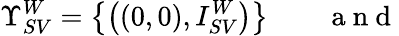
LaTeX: \Upsilon_{SV}^{W}=\big\{ \big((0,0),I_{SV}^{W}\big)\big\} \qquad\mathrm{~a~n~d~}